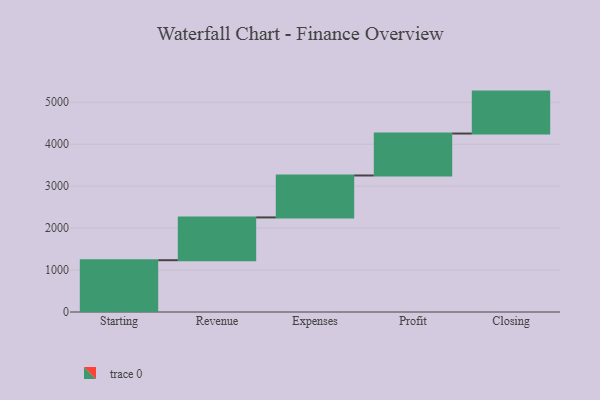
{"axis": {"x": "Step", "y": "Value"}, "legend": [""], "data": [{"x": "Starting", "y": 1235.0, "type": ""}, {"x": "Revenue", "y": 1020.0, "type": ""}, {"x": "Expenses", "y": 1000, "type": ""}, {"x": "Profit", "y": 1000, "type": ""}, {"x": "Closing", "y": 1000, "type": ""}]}